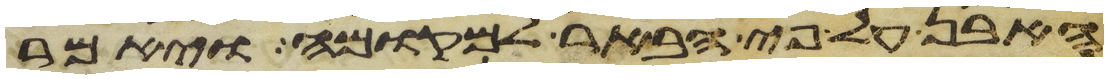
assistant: האבן על פי הבאר למקומה ויאמר